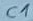
Text: C1